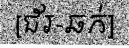
[ជ័រ-ឆក់]